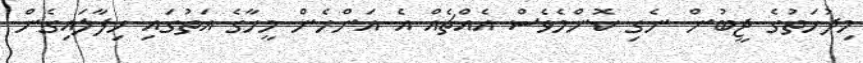
މިދުހަތުގެ ޖީބުން ނެގި ކޮންމެވެސް އެއްޗެއް އެ އަންހެން މީހާގެ އަތުގައި ހިފާލައިގެން